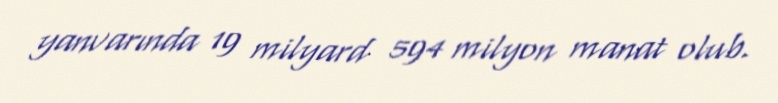
yanvarında 19 milyard 594 milyon manat olub.